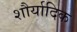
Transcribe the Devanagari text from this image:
शौर्यादिक